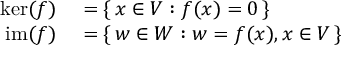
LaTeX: \begin{array} { r l } { \ker ( f ) } & { { } = \{ \, x \in V : f ( x ) = 0 \, \} } \\ { \operatorname { i m } ( f ) } & { { } = \{ \, w \in W : w = f ( x ) , x \in V \, \} } \end{array}